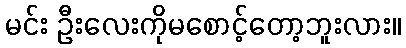
မင်း ဦးလေးကိုမစောင့်တော့ဘူးလား။